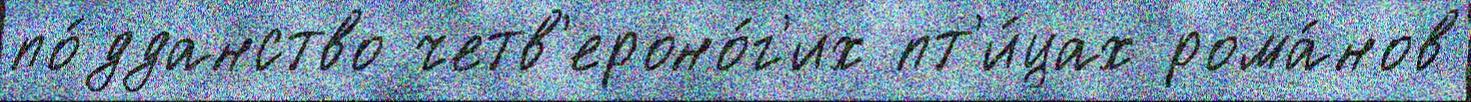
по́дданство четв'ероно́г'их пт'и́цах рома́нов